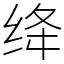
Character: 绛